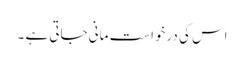
اس کی درخواست مانی جاتی ہے ۔